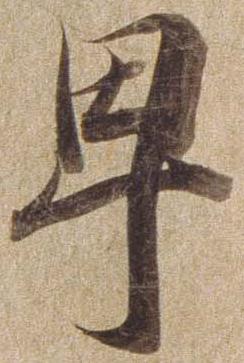
卑